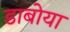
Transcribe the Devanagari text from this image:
डाबोया